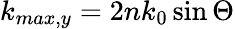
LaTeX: k_{max,y}=2nk_{0}\sin\Theta